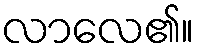
လာလေ၏။